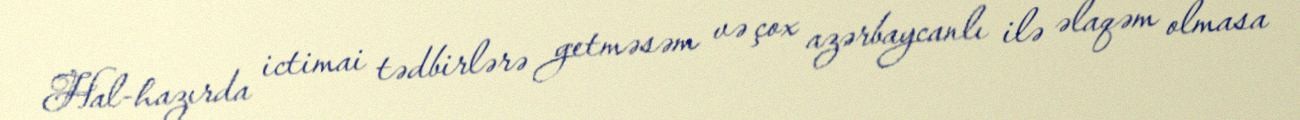
Hal-hazırda ictimai tədbirlərə getməsəm və çox azərbaycanlı ilə əlaqəm olmasa